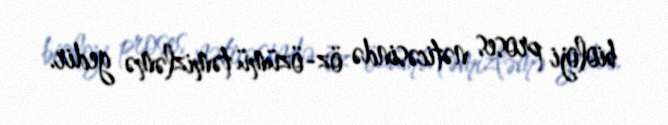
bioloji proses nəticəsində öz-özümü təmizləmə gedir.